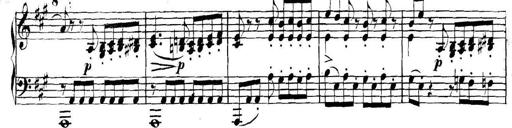
Title: Collected Piano Sonatas
Composer: Muzio Clementi